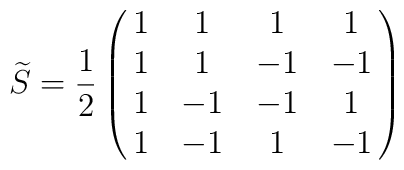
\widetilde{S}={1\over2}\pmatrix{1&1&1&1\cr1&1&-1&-1\cr1&-1&-1&1\cr1&-1&1&-1}